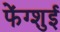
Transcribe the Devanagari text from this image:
फेंग्शुई